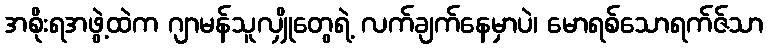
အစိုးရအဖွဲ့ထဲက ဂျာမန်သူလျှိုတွေရဲ့ လက်ချက်နေမှာပဲ၊ မောရစ်သောရက်ဇ်သာ